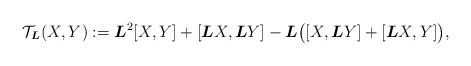
\begin{gather*} \mathcal{T}_ {\boldsymbol{L}} (X,Y):=\boldsymbol{L}^2[X,Y] +[\boldsymbol{L}X,\boldsymbol{L}Y]-\boldsymbol{L}\big([X,\boldsymbol{L}Y]+[\boldsymbol{L}X,Y]\big),\end{gather*}